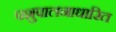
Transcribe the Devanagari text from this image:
पशुपालनाधारित